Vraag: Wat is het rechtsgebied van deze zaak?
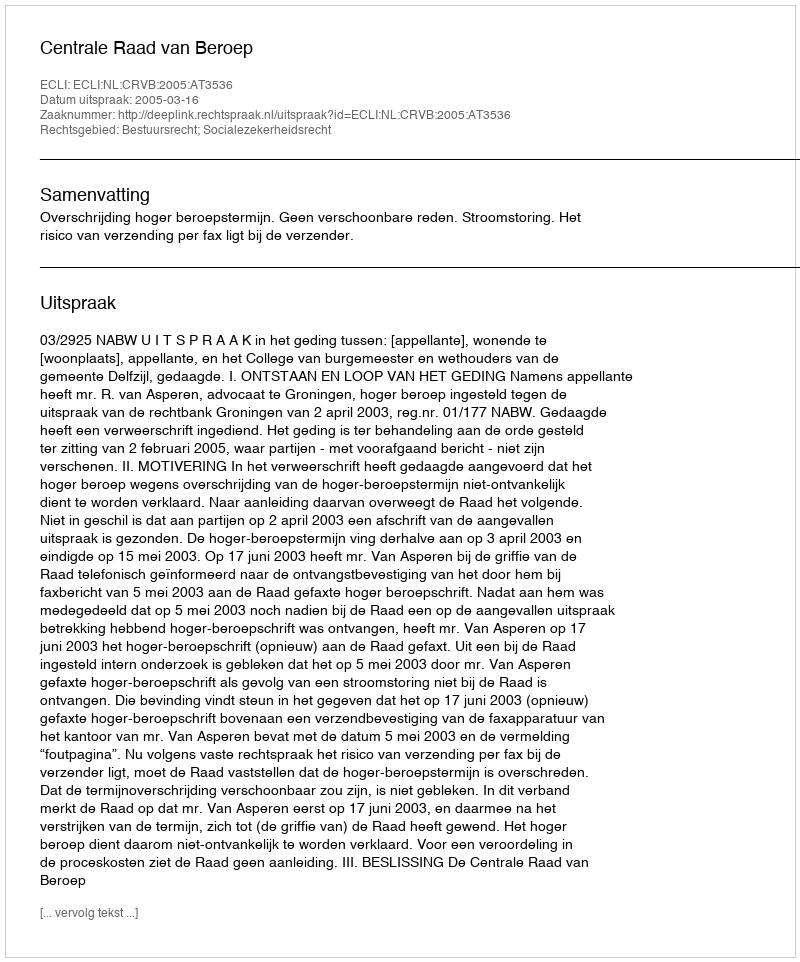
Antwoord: Bestuursrecht; Socialezekerheidsrecht